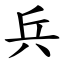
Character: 兵